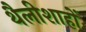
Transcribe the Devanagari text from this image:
थैलीशाहों